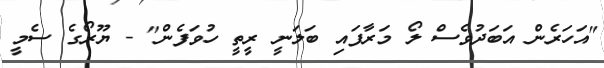
"އަހަރެން އަބަދުވެސް ލޯ މަރާފައި ބަލަނީ ރީތީ ހުވަފެން" - ޔޫރޯގެ ސެމީ